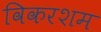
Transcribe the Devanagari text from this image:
विकरशम